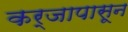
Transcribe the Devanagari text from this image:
कर्जापासून